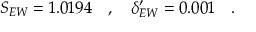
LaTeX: S _ { E W } = 1 . 0 1 9 4 \quad , \quad \delta _ { E W } ^ { \prime } = 0 . 0 0 1 \quad .